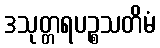
ဒသုတ္တရပဉ္စသတိမံ